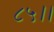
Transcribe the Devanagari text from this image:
८५।।